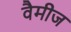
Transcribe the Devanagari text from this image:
वैमीज